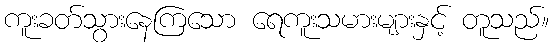
ကူးခတ်သွားနေကြသော ရေကူးသမားများနှင့် တူသည်။